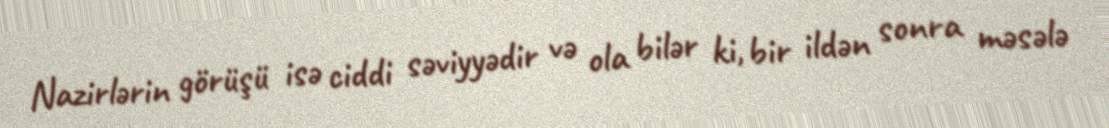
Nazirlərin görüşü isə ciddi səviyyədir və ola bilər ki, bir ildən sonra məsələ